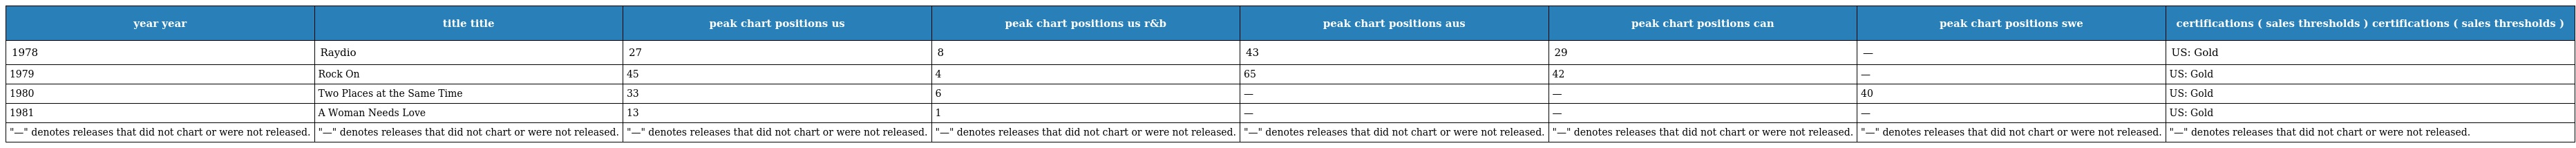
| year year | title title | peak chart positions us | peak chart positions us r&b | peak chart positions aus | peak chart positions can | peak chart positions swe | certifications ( sales thresholds ) certifications ( sales thresholds ) |
 | --- | --- | --- | --- | --- | --- | --- | --- |
 | 1978 | Raydio | 27 | 8 | 43 | 29 | — | US: Gold |
 | 1979 | Rock On | 45 | 4 | 65 | 42 | — | US: Gold |
 | 1980 | Two Places at the Same Time | 33 | 6 | — | — | 40 | US: Gold |
 | 1981 | A Woman Needs Love | 13 | 1 | — | — | — | US: Gold |
 | "—" denotes releases that did not chart or were not released. | "—" denotes releases that did not chart or were not released. | "—" denotes releases that did not chart or were not released. | "—" denotes releases that did not chart or were not released. | "—" denotes releases that did not chart or were not released. | "—" denotes releases that did not chart or were not released. | "—" denotes releases that did not chart or were not released. | "—" denotes releases that did not chart or were not released. |